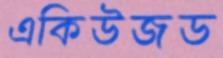
একিউজড